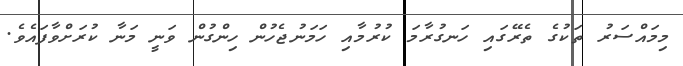
މިމައްސަރު ތަކުގެ ތެރޭގައި ހަނގުރާމަ ކުރުމާއި ހަމަނުޖެހުން ހިންގުން ވަނީ މަނާ ކުރަށްވާފައެވެ.